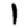
Digit: 1